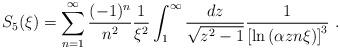
LaTeX: \begin{align*}S_5(\xi)=\sum_{n=1}^{\infty}\frac{(-1)^n}{n^2}\frac1{\xi^2}\int_1^{\infty}\frac{dz}{\sqrt{z^2-1}}\frac1{\left[\ln\left(\alpha zn\xi\right)\right]^3} \ .\end{align*}